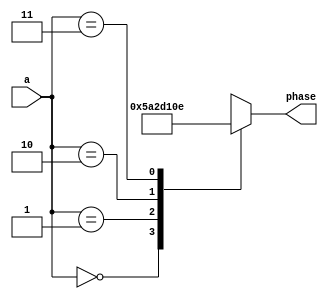
module table_out(
	input [1:0] a,
	(* rom_style = "distributed" *) output reg signed [9:0] phase
);

always @(*) case (a)
	2'd 0: phase =    0;
	2'd 1: phase =   90;
	2'd 2: phase =  180;
	2'd 3: phase =  270;
endcase

initial $display("PASSED");

endmodule